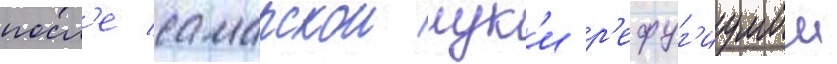
посл'е самарскои лук'и р'ефуг'иумом